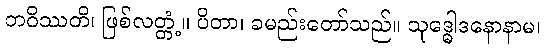
ဘဝိဿတိ၊ ဖြစ်လတ္တံ့။ ပိတာ၊ ခမည်းတော်သည်။ သုဒ္ဓေါဒနောနာမ၊